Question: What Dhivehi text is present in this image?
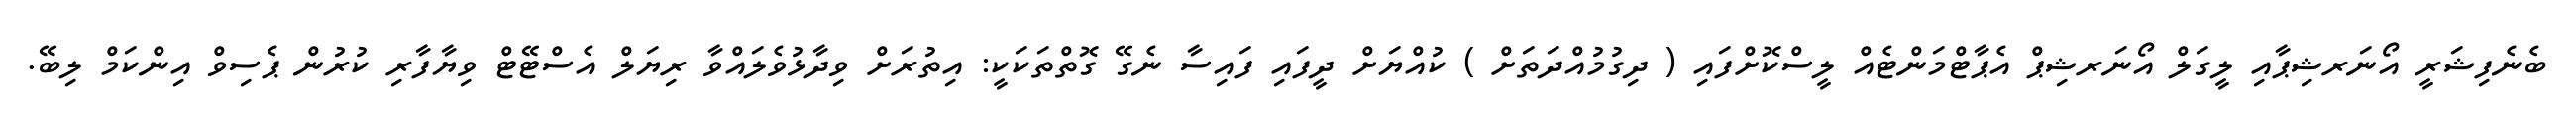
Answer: ބެނެފިޝަރީ އޯނަރޝިޕާއި ލީގަލް އޯނަރޝިޕް އެޕާޓްމަންޓެއް ލީސްކޮށްފައި ( ދިގުމުއްދަތަށް ) ކުއްޔަށް ދީފައި ފައިސާ ނެގޭ ގޮތްތަކަކީ: އިތުރަށް ވިދާޅުވެލައްވާ ރިޔަލް އެސްޓޭޓް ވިޔާފާރި ކުރުން ޕެސިވް އިންކަމް ލިބޭ.